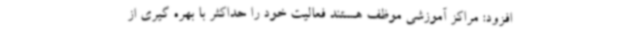
افزود: مراکز آموزشی موظف هستند فعالیت خود را حداکثر با بهره گیری از